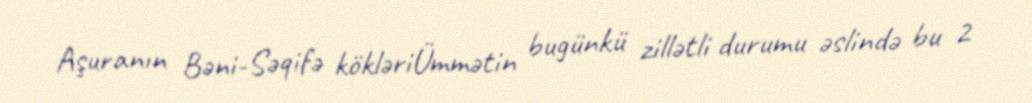
Aşuranın Bəni-Səqifə kökləriÜmmətin bugünkü zillətli durumu əslində bu 2